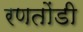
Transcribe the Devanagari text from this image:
रणतोंडी